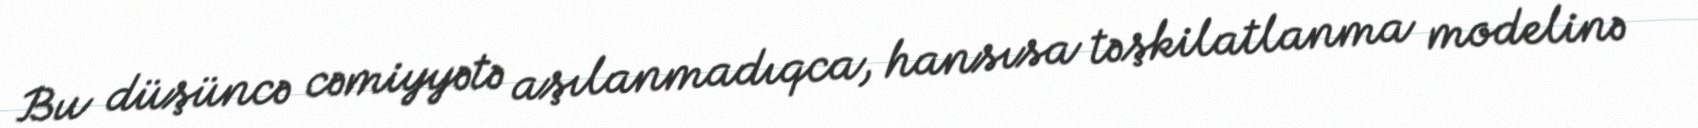
Bu düşüncə cəmiyyətə aşılanmadıqca, hansısa təşkilatlanma modelinə